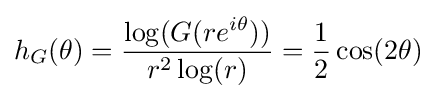
h_{G}(\theta )={\frac {\log(G(re^{i\theta }))}{r^{2}\log(r)}}={\frac {1}{2}}\cos(2\theta )